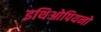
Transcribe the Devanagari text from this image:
इथिओपियनों